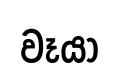
වෑයා